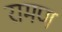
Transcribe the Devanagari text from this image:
रामण